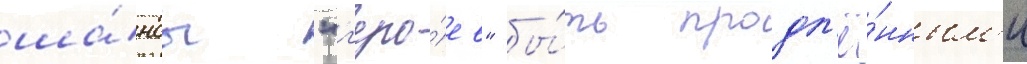
ша́нсы "г'еро́ев" бы́ть продл'ё́нным'и